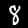
Label: 8